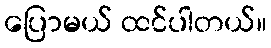
ပြောမယ် ထင်ပါတယ်။